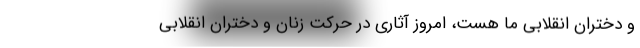
و دختران انقلابی ما هست، امروز آثاری در حرکت زنان و دختران انقلابی